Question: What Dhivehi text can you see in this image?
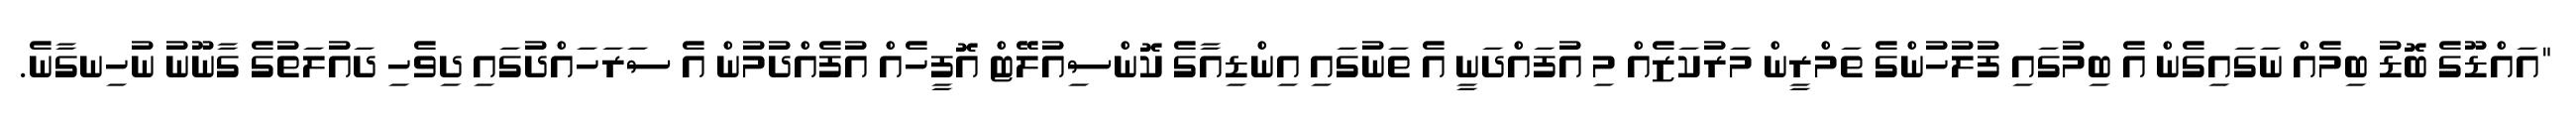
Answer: "އައްޑޫގެ ބޮޑު ބިމެއް ނަގައިގެން އެ ބިމުގައި ފުލުހުންގެ ތަމްރީން މަރުކަޒެއް މި އުފައްދަނީ އެ ތަނުގައި އިންޑިއާގެ ކޮންސިއުލޭޓް އޮފީހެއް އުފެއްދުމުން އެ ސަރަހައްދުގައި ދިވެހި ދައުލަތުގެ ގާނޫނު ނުހިނގާނެ.